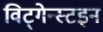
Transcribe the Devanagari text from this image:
विट्गेन्स्टइन